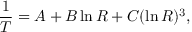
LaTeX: { \frac { 1 } { T } } = A + B \ln R + C ( \ln R ) ^ { 3 } ,